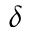
\delta